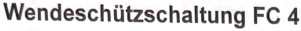
Text: Wendeschützschaltung FC 4